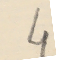
4